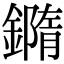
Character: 𨬍